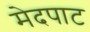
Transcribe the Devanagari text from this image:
मेदपाट